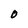
Character: 0